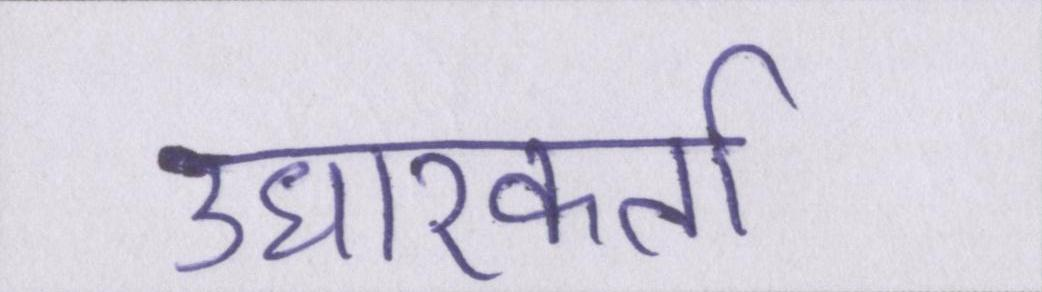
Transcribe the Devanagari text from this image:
उधारकर्ता